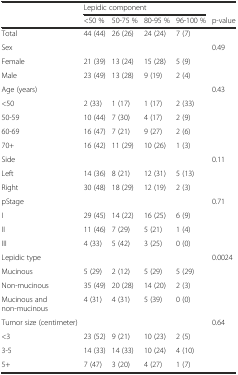
|  | <COLSPAN=4> Lepidic component |  |
 |  | <50 % | 50-75 % | 80-95 % | 96-100 % | p-value |
 | --- | --- | --- | --- | --- | --- |
 | Total | 44 (44) | 26 (26) | 24 (24) | 7 (7) |  |
 | Sex |  |  |  |  | 0.49 |
 | Female | 21 (39) | 13 (24) | 15 (28) | 5 (9) |  |
 | Male | 23 (49) | 13 (28) | 9 (19) | 2 (4) |  |
 | Age (years) |  |  |  |  | 0.43 |
 | <50 | 2 (33) | 1 (17) | 1 (17) | 2 (33) |  |
 | 50-59 | 10 (44) | 7 (30) | 4 (17) | 2 (9) |  |
 | 60-69 | 16 (47) | 7 (21) | 9 (27) | 2 (6) |  |
 | 70+ | 16 (42) | 11 (29) | 10 (26) | 1 (3) |  |
 | Side |  |  |  |  | 0.11 |
 | Left | 14 (36) | 8 (21) | 12 (31) | 5 (13) |  |
 | Right | 30 (48) | 18 (29) | 12 (19) | 2 (3) |  |
 | pStage |  |  |  |  | 0.71 |
 | I | 29 (45) | 14 (22) | 16 (25) | 6 (9) |  |
 | II | 11 (46) | 7 (29) | 5 (21) | 1 (4) |  |
 | III | 4 (33) | 5 (42) | 3 (25) | 0 (0) |  |
 | Lepidic type |  |  |  |  | 0.0024 |
 | Mucinous | 5 (29) | 2 (12) | 5 (29) | 5 (29) |  |
 | Non-mucinous | 35 (49) | 20 (28) | 14 (20) | 2 (3) |  |
 | Mucinous and non-mucinous | 4 (31) | 4 (31) | 5 (39) | 0 (0) |  |
 | Tumor size (centimeter) |  |  |  |  | 0.64 |
 | <3 | 23 (52) | 9 (21) | 10 (23) | 2 (5) |  |
 | 3-5 | 14 (33) | 14 (33) | 10 (24) | 4 (10) |  |
 | 5+ | 7 (47) | 3 (20) | 4 (27) | 1 (7) |  |